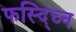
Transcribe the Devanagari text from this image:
फस्द्च्नि